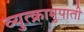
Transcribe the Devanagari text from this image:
व्युत्क्रामुपाती